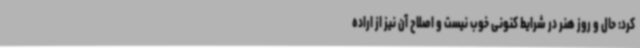
کرد: حال و روز هنر در شرایط کنونی خوب نیست و اصلاح آن نیز از اراده